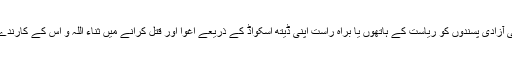
ان اضلاع میں کئی آزادی پسندوں کو ریاست کے ہاتھوں یا براہ راست اپنی ڈیتھ اسکواڈ کے ذریعے اغوا اور قتل کرانے میں ثناء اللہ و اُس کے کارندے شریک جرم ہیں۔